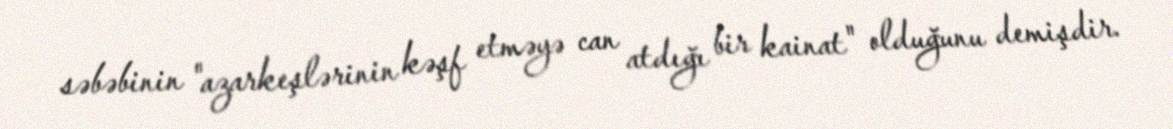
səbəbinin "azarkeşlərinin kəşf etməyə can atdığı bir kainat" olduğunu demişdir.